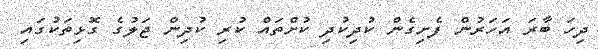
ދިހަ ބާރަ އަހަރުން ފެށިގެން ކުދިކުދި ކުށްތައް ކުރި ކުދިން ޖަލުގެ ގޮޅިތަކުގައި